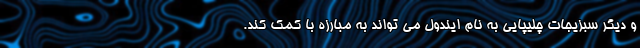
و دیگر سبزیجات چلیپایی به نام ایندول می تواند به مبارزه با کمک کند.